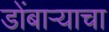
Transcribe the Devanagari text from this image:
डोंबार्‍याचा